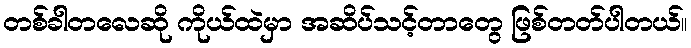
တစ်ခါတလေဆို ကိုယ်ထဲမှာ အဆိပ်သင့်တာတွေ ဖြစ်တတ်ပါတယ်။